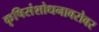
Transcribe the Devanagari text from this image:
कृषिसंशोधनाबरोबर